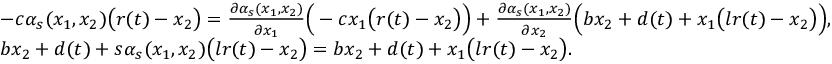
\begin{array} { r l } & { - c \alpha _ { s } ( x _ { 1 } , x _ { 2 } ) \big ( r ( t ) - x _ { 2 } \big ) = \frac { \partial \alpha _ { s } ( x _ { 1 } , x _ { 2 } ) } { \partial x _ { 1 } } \Big ( - c x _ { 1 } \big ( r ( t ) - x _ { 2 } \big ) \Big ) + \frac { \partial \alpha _ { s } ( x _ { 1 } , x _ { 2 } ) } { \partial x _ { 2 } } \Big ( b x _ { 2 } + d ( t ) + x _ { 1 } \big ( l r ( t ) - x _ { 2 } \big ) \Big ) , } \\ & { b x _ { 2 } + d ( t ) + s \alpha _ { s } ( x _ { 1 } , x _ { 2 } ) \big ( l r ( t ) - x _ { 2 } \big ) = b x _ { 2 } + d ( t ) + x _ { 1 } \big ( l r ( t ) - x _ { 2 } \big ) . } \end{array}